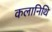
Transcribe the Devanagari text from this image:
कलानिथि